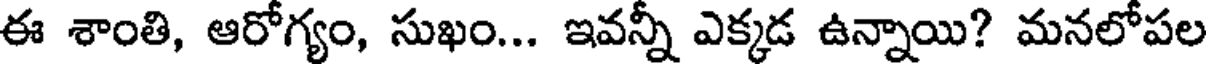
ఈ శాంతి, ఆరోగ్యం, సుఖం... ఇవన్నీ ఎక్కడ ఉన్నాయి? మనలోపల